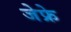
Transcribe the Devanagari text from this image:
जेफ्रे